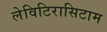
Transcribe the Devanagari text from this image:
लेविटिरासिटाम